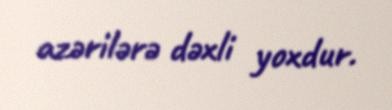
azərilərə dəxli yoxdur.